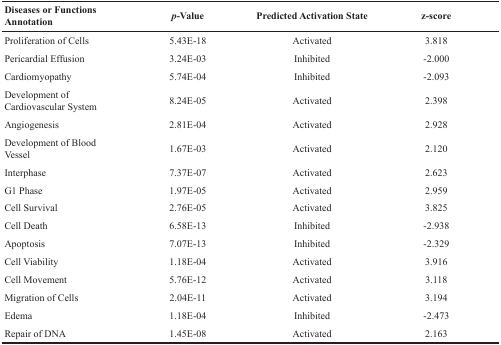
<table><thead><tr><td><b>Diseases or Functions Annotation</b></td><td><b><i>p</i>-Value</b></td><td><b>Predicted Activation State</b></td><td><b>z-score</b></td></tr></thead><tbody><tr><td>Proliferation of Cells</td><td>5.43E-18</td><td>Activated</td><td>3.818</td></tr><tr><td>Pericardial Effusion</td><td>3.24E-03</td><td>Inhibited</td><td>-2.000</td></tr><tr><td>Cardiomyopathy</td><td>5.74E-04</td><td>Inhibited</td><td>-2.093</td></tr><tr><td>Development of Cardiovascular System</td><td>8.24E-05</td><td>Activated</td><td>2.398</td></tr><tr><td>Angiogenesis</td><td>2.81E-04</td><td>Activated</td><td>2.928</td></tr><tr><td>Development of Blood Vessel</td><td>1.67E-03</td><td>Activated</td><td>2.120</td></tr><tr><td>Interphase</td><td>7.37E-07</td><td>Activated</td><td>2.623</td></tr><tr><td>G1 Phase</td><td>1.97E-05</td><td>Activated</td><td>2.959</td></tr><tr><td>Cell Survival</td><td>2.76E-05</td><td>Activated</td><td>3.825</td></tr><tr><td>Cell Death</td><td>6.58E-13</td><td>Inhibited</td><td>-2.938</td></tr><tr><td>Apoptosis</td><td>7.07E-13</td><td>Inhibited</td><td>-2.329</td></tr><tr><td>Cell Viability</td><td>1.18E-04</td><td>Activated</td><td>3.916</td></tr><tr><td>Cell Movement</td><td>5.76E-12</td><td>Activated</td><td>3.118</td></tr><tr><td>Migration of Cells</td><td>2.04E-11</td><td>Activated</td><td>3.194</td></tr><tr><td>Edema</td><td>1.18E-04</td><td>Inhibited</td><td>-2.473</td></tr><tr><td>Repair of DNA</td><td>1.45E-08</td><td>Activated</td><td>2.163</td></tr></tbody></table>